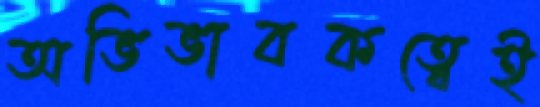
অভিভাবকত্বেই